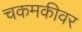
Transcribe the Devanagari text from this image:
चकमकीवर